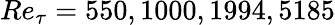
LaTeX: Re_{\tau}=550,1000,1994,5185